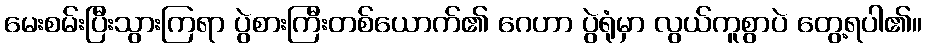
မေးစမ်းပြီးသွားကြရာ ပွဲစားကြီးတစ်ယောက်၏ ဂေဟာ ပွဲရုံမှာ လွယ်ကူစွာပဲ တွေ့ရပါ၏။